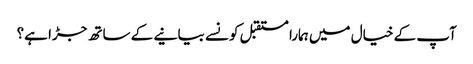
آپ کے خیال میں ہمارا مستقبل کونسے بیانیے کے ساتھ جڑا ہے؟